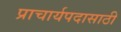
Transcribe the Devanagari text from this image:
प्राचार्यपदासाठी